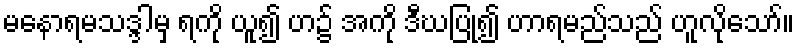
မနောရမသဒ္ဒါမှ ရကို ယူ၍ ဟ၌ အကို ဒီဃပြု၍ ဟာရမည်သည် ဟူလိုသော်။